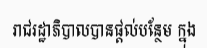
រាជរដ្ឋាភិបាលបានផ្តល់បន្ថែម ក្នុង